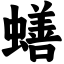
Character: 蟮